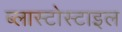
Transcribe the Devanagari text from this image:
ब्लास्टोस्टाइल